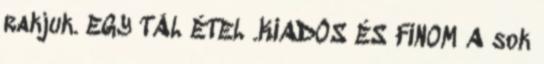
rakjuk. EGY TÁL ÉTEL .KIADÓS ÉS FINOM A sok